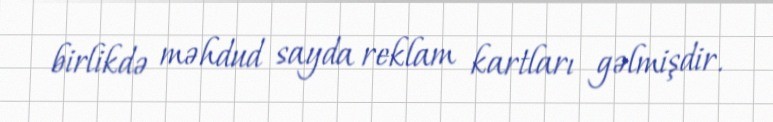
birlikdə məhdud sayda reklam kartları gəlmişdir.